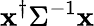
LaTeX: {\mathbf x}^{\dagger}\Sigma^{-1}{\mathbf x}